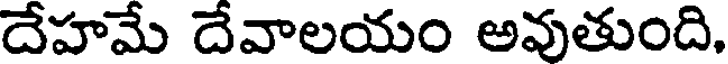
దేహమే దేవాలయం అవుతుంది.